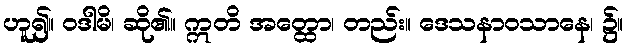
ဟူ၍။ ဝဒါမိ၊ ဆို၏။ ဣတိ အတ္ထော၊ တည်း။ ဒေသနာဝသာနေ၊ ၌။